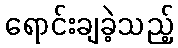
ရောင်းချခဲ့သည့်